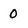
Character: 0